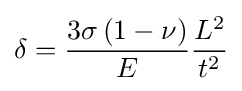
\delta ={\frac {3\sigma \left(1-\nu \right)}{E}}{\frac {L^{2}}{t^{2}}}